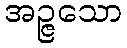
အဉ္ဇသော